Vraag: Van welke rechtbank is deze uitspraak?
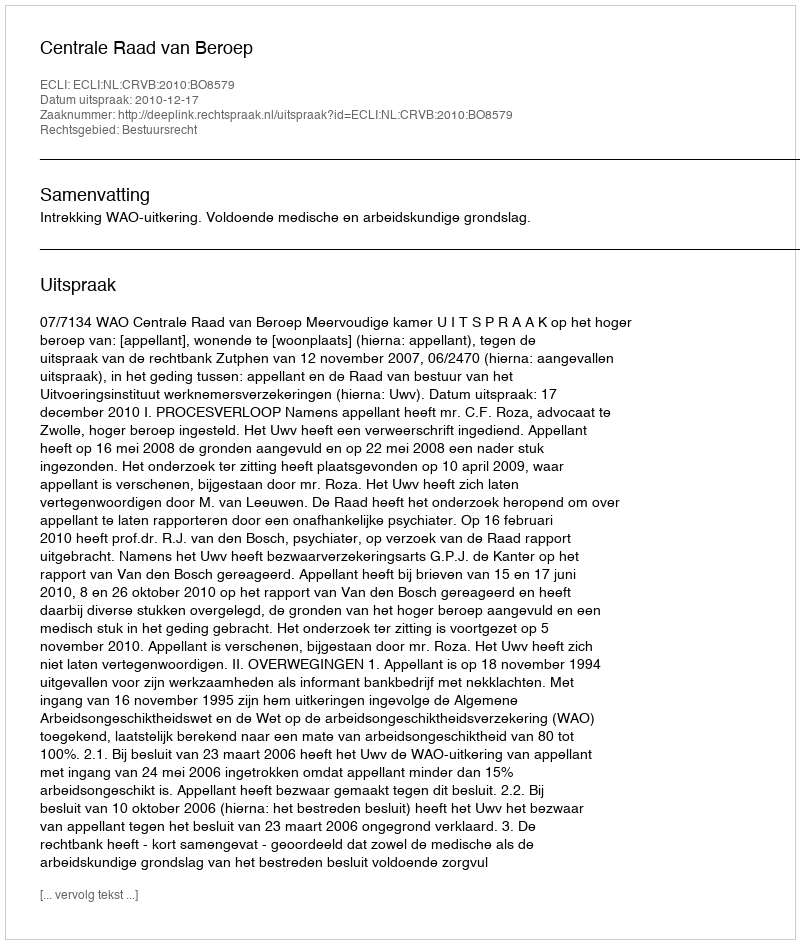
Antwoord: Centrale Raad van Beroep